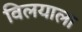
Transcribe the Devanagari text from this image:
विलयाला